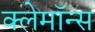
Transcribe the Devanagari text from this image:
क्लेमॉन्स